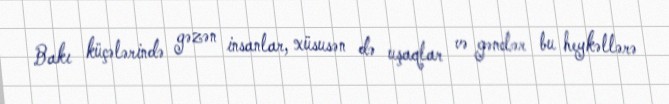
Bakı küçələrində gəzən insanlar, xüsusən də uşaqlar və gənclər bu heykəllərə